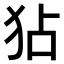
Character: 𤝓